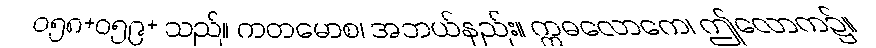
ဝ၅၈+၀၅၉+ သည်။ ကတမောစ၊ အဘယ်နည်း။ ဣဓလောကေ၊ ဤလောက၌။